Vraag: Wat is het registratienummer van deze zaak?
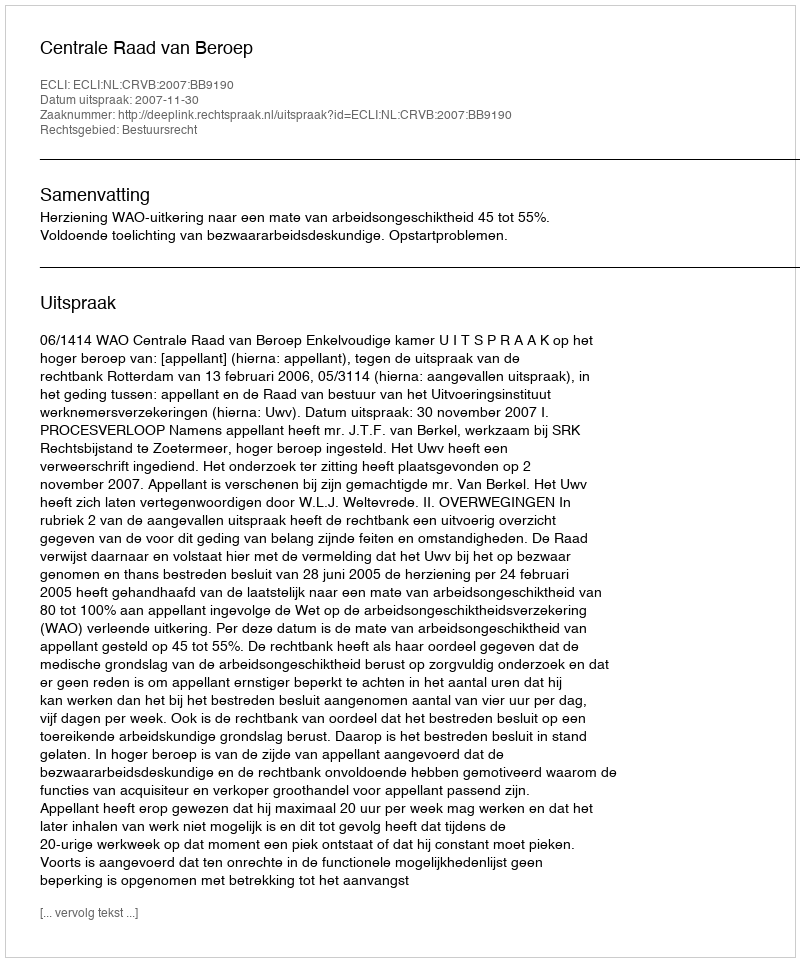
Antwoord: http://deeplink.rechtspraak.nl/uitspraak?id=ECLI:NL:CRVB:2007:BB9190